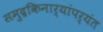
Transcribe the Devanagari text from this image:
समुद्रकिनार्‍यांपर्यंत